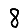
Digit: 8